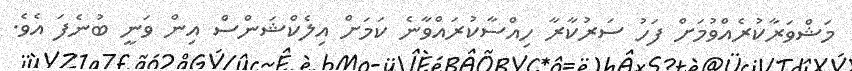
މަޝްވަރާކުރެއްވުމަށް ފަހު ސަރުކާރާ ހިއްސާކުރައްވާނެ ކަމަށް އިލެކްޝަންސް އިން ވަނީ ބުނެފަ އެވެ.